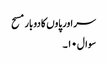
سر اور پاوں کا دوبار مسح
سوال۱۰۔